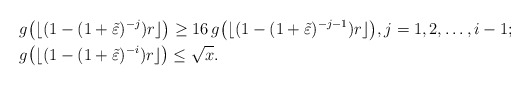
\begin{align*}& g\big(\lfloor(1-(1+\tilde\varepsilon)^{-j})r\rfloor\big)\geq 16\,g\big(\lfloor(1-(1+\tilde\varepsilon)^{-j-1})r\rfloor\big),j=1,2,\dots,i-1;\\& g\big(\lfloor(1-(1+\tilde\varepsilon)^{-i})r\rfloor\big)\leq \sqrt{x}.\end{align*}